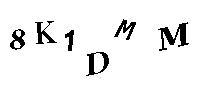
8K1DMM